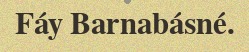
Fáy Barnabásné.